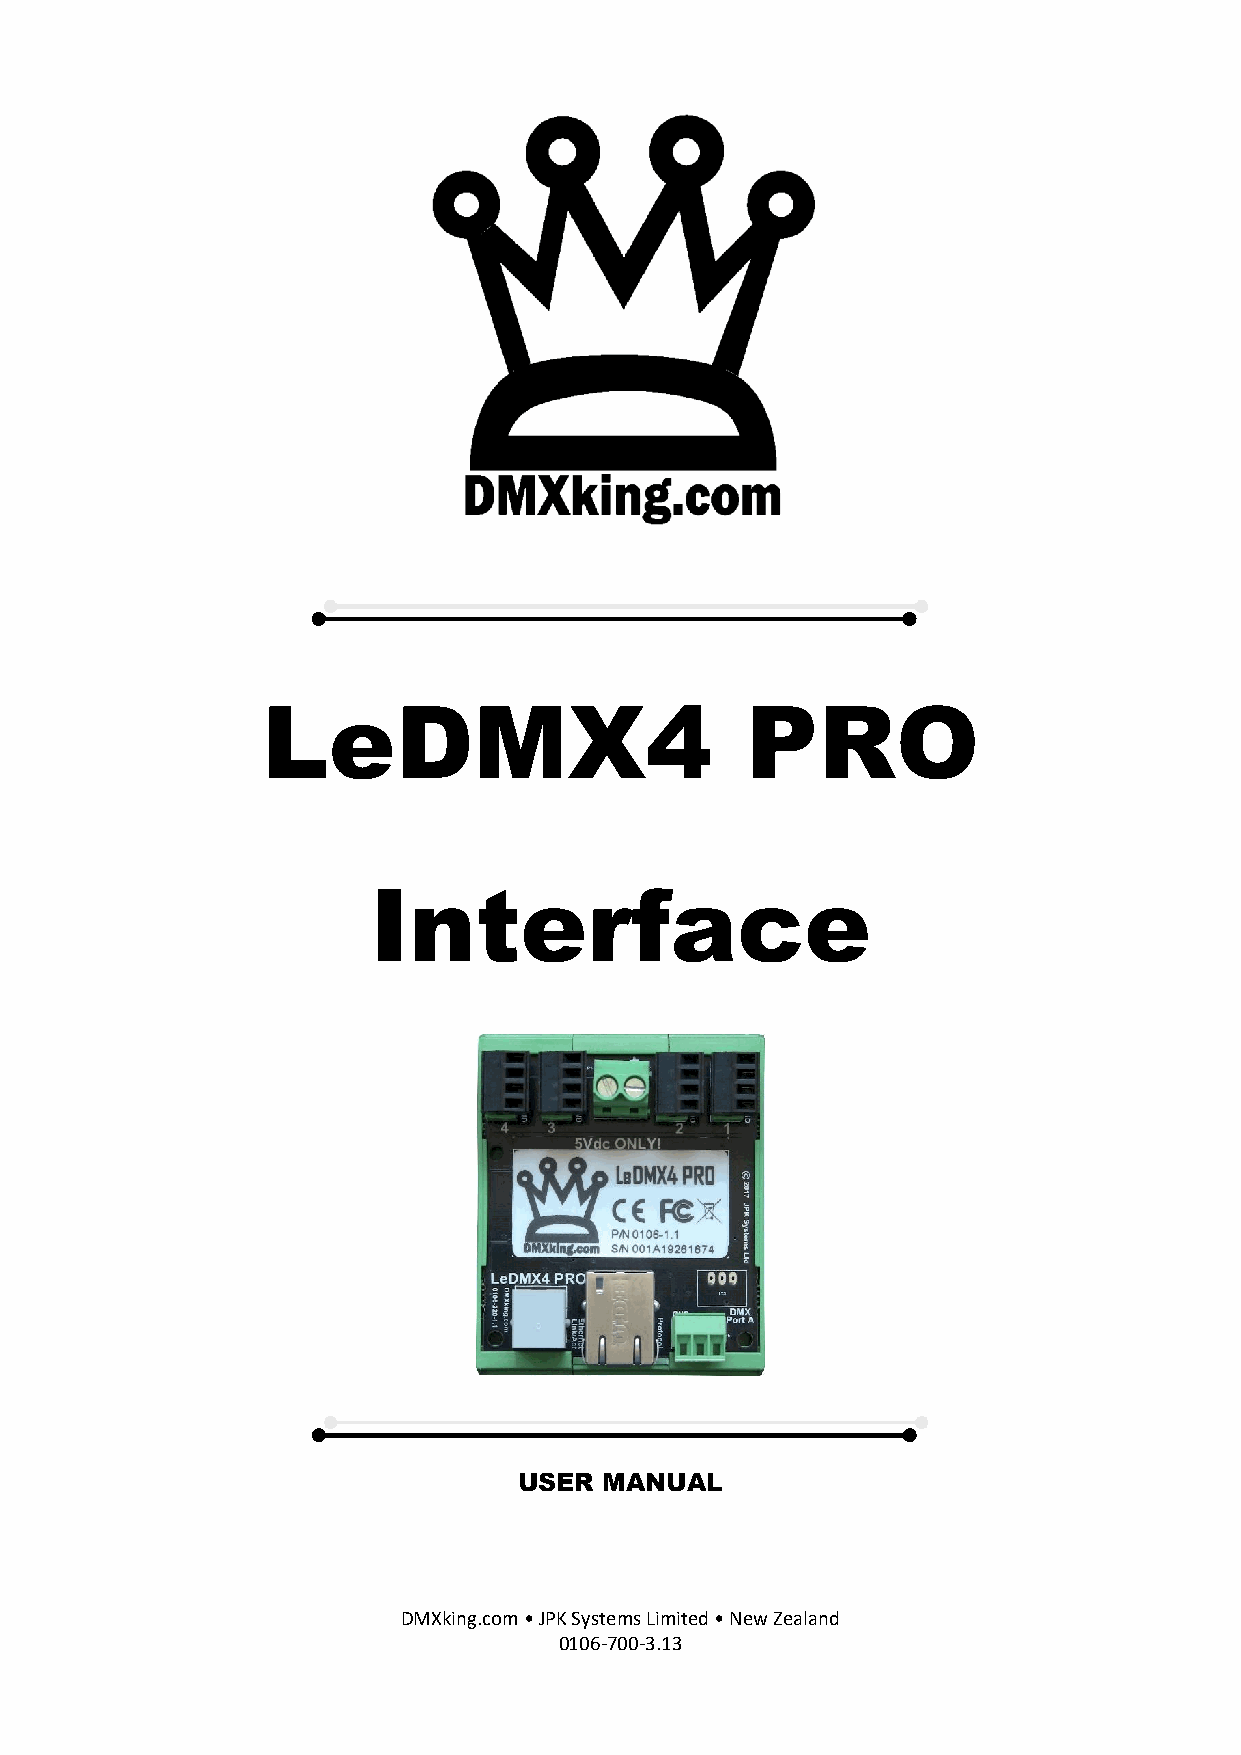
LeDMX4                          PRO
 Interface
 USER  MANUAL
 DMXking.com • JPK Systems Limited • New Zealand
 0106-700-3.13